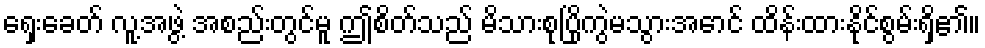
ရှေးခေတ် လူ့အဖွဲ့ အစည်းတွင်မူ ဤစိတ်သည် မိသားစုပြိုကွဲမသွားအောင် ထိန်းထားနိုင်စွမ်းရှိ၏။